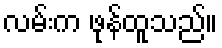
လမ်းက ဖုန်ထူသည်။